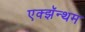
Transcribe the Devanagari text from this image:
एक्झॅन्थम